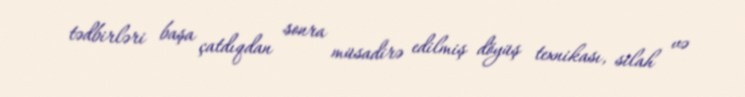
tədbirləri başa çatdıqdan sonra müsadirə edilmiş döyüş texnikası, silah və